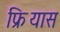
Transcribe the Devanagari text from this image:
फ्रियास